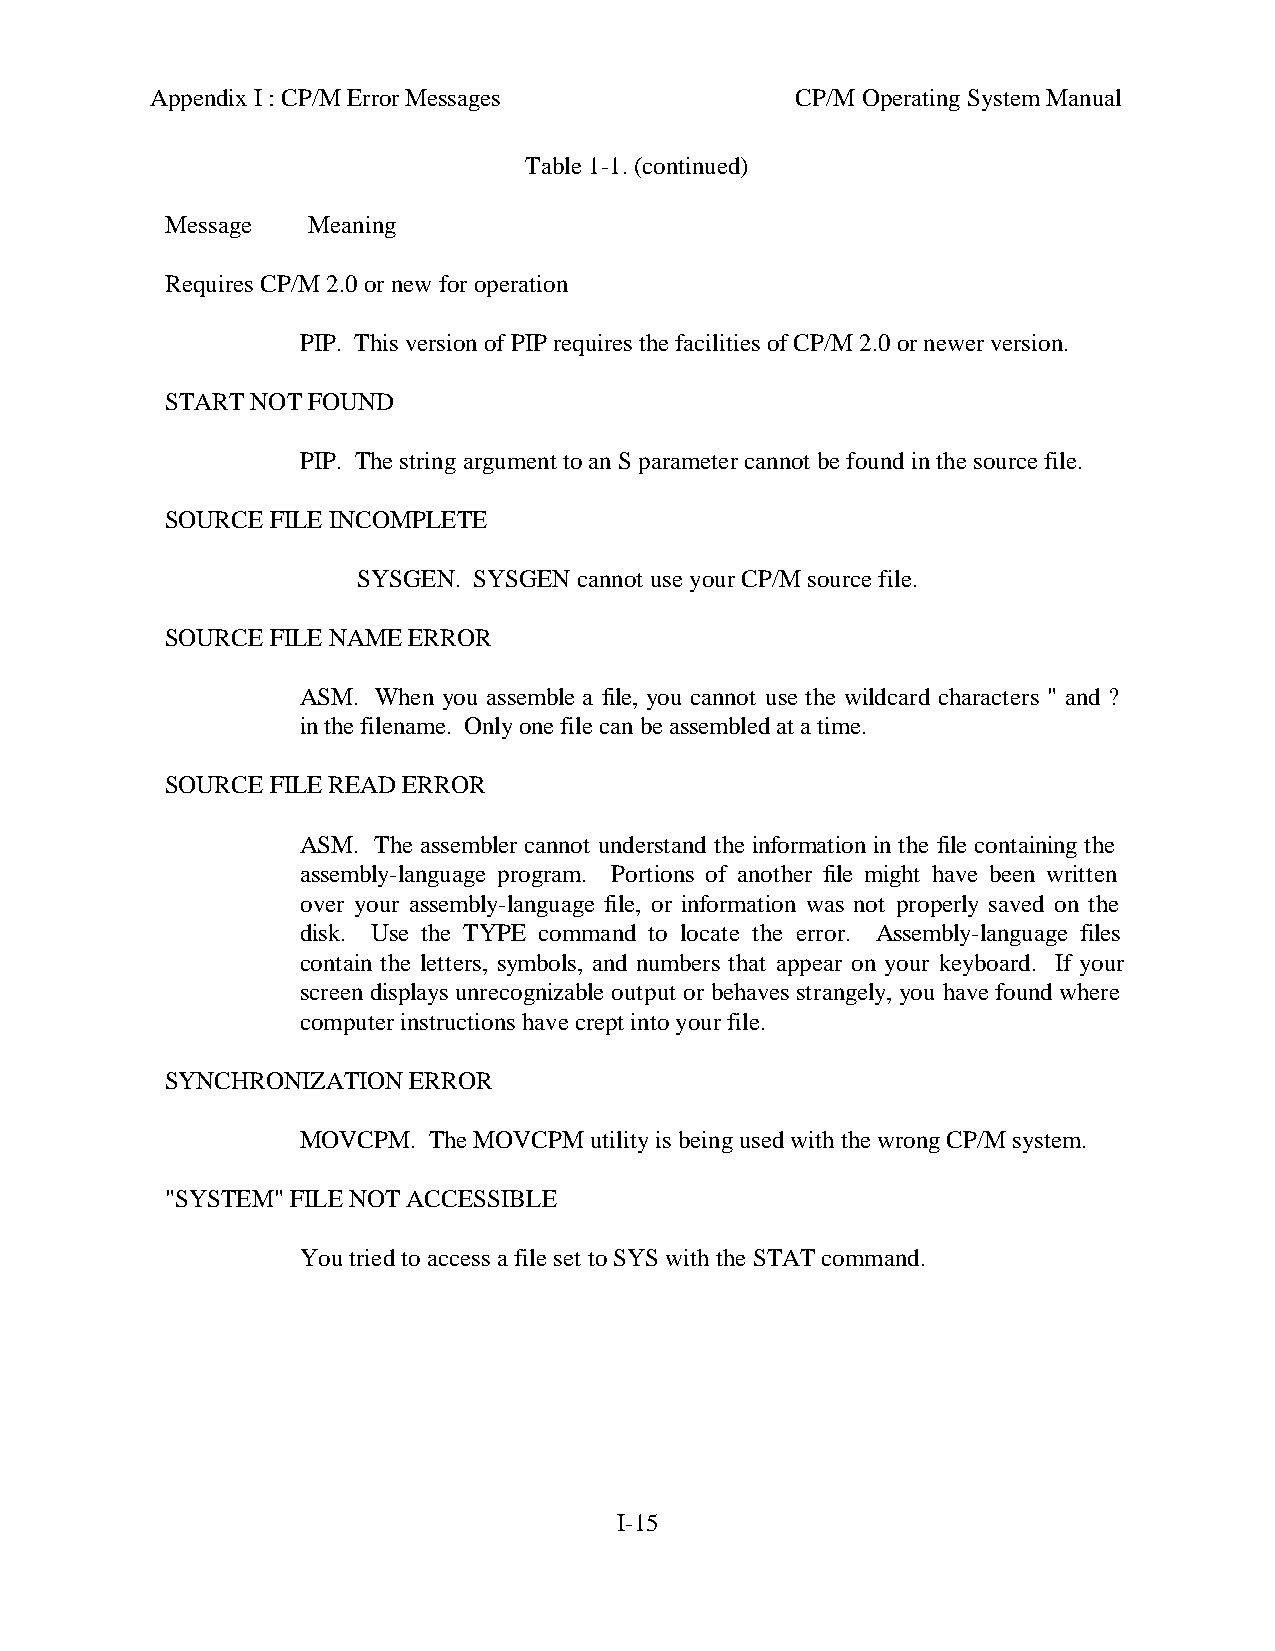
Appendix I : CP/M Error Messages           CP/M Operating System Manual
 Table 1-1. (continued)
 Message  Meaning
 Requires CP/M 2.0 or new for operation
 PIP. This version of PIP requires the facilities of CP/M 2.0 or newer version.
 START NOT FOUND
 PIP. The string argument to an S parameter cannot be found in the source file.
 SOURCE FILE INCOMPLETE
 SYSGEN. SYSGEN cannot use your CP/M source file.
 SOURCE FILE NAME ERROR
 ASM. When you assemble a file, you cannot use the wildcard characters " and ?
 in the filename. Only one file can be assembled at a time.
 SOURCE FILE READ ERROR
 ASM. The assembler cannot understand the information in the file containing the
 assembly-language program. Portions of another file might have been written
 over your assembly-language file, or information was not properly saved on the
 disk. Use the TYPE command to locate the error. Assembly-language files
 contain the letters, symbols, and numbers that appear on your keyboard. If your
 screen displays unrecognizable output or behaves strangely, you have found where
 computer instructions have crept into your file.
 SYNCHRONIZATION ERROR
 MOVCPM. The MOVCPM utility is being used with the wrong CP/M system.
 "SYSTEM" FILE NOT ACCESSIBLE
 You tried to access a file set to SYS with the STAT command.
 I-15